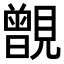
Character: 𧢐